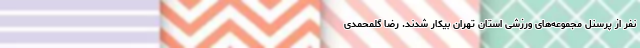
نفر از پرسنل مجموعه‌های ورزشی استان تهران بیکار شدند. رضا گلمحمدی